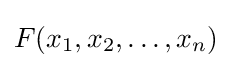
F(x_{1},x_{2},\dots ,x_{n})